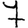
Digit: 7